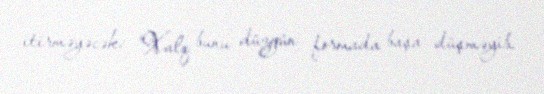
itirməyəcək: “Xalq bunu düzgün formada başa düşməyib.